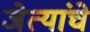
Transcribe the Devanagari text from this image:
जेत्यांचे